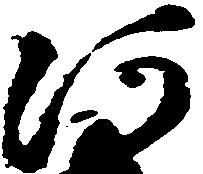
河